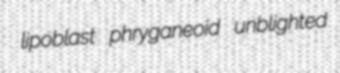
lipoblast phryganeoid unblighted